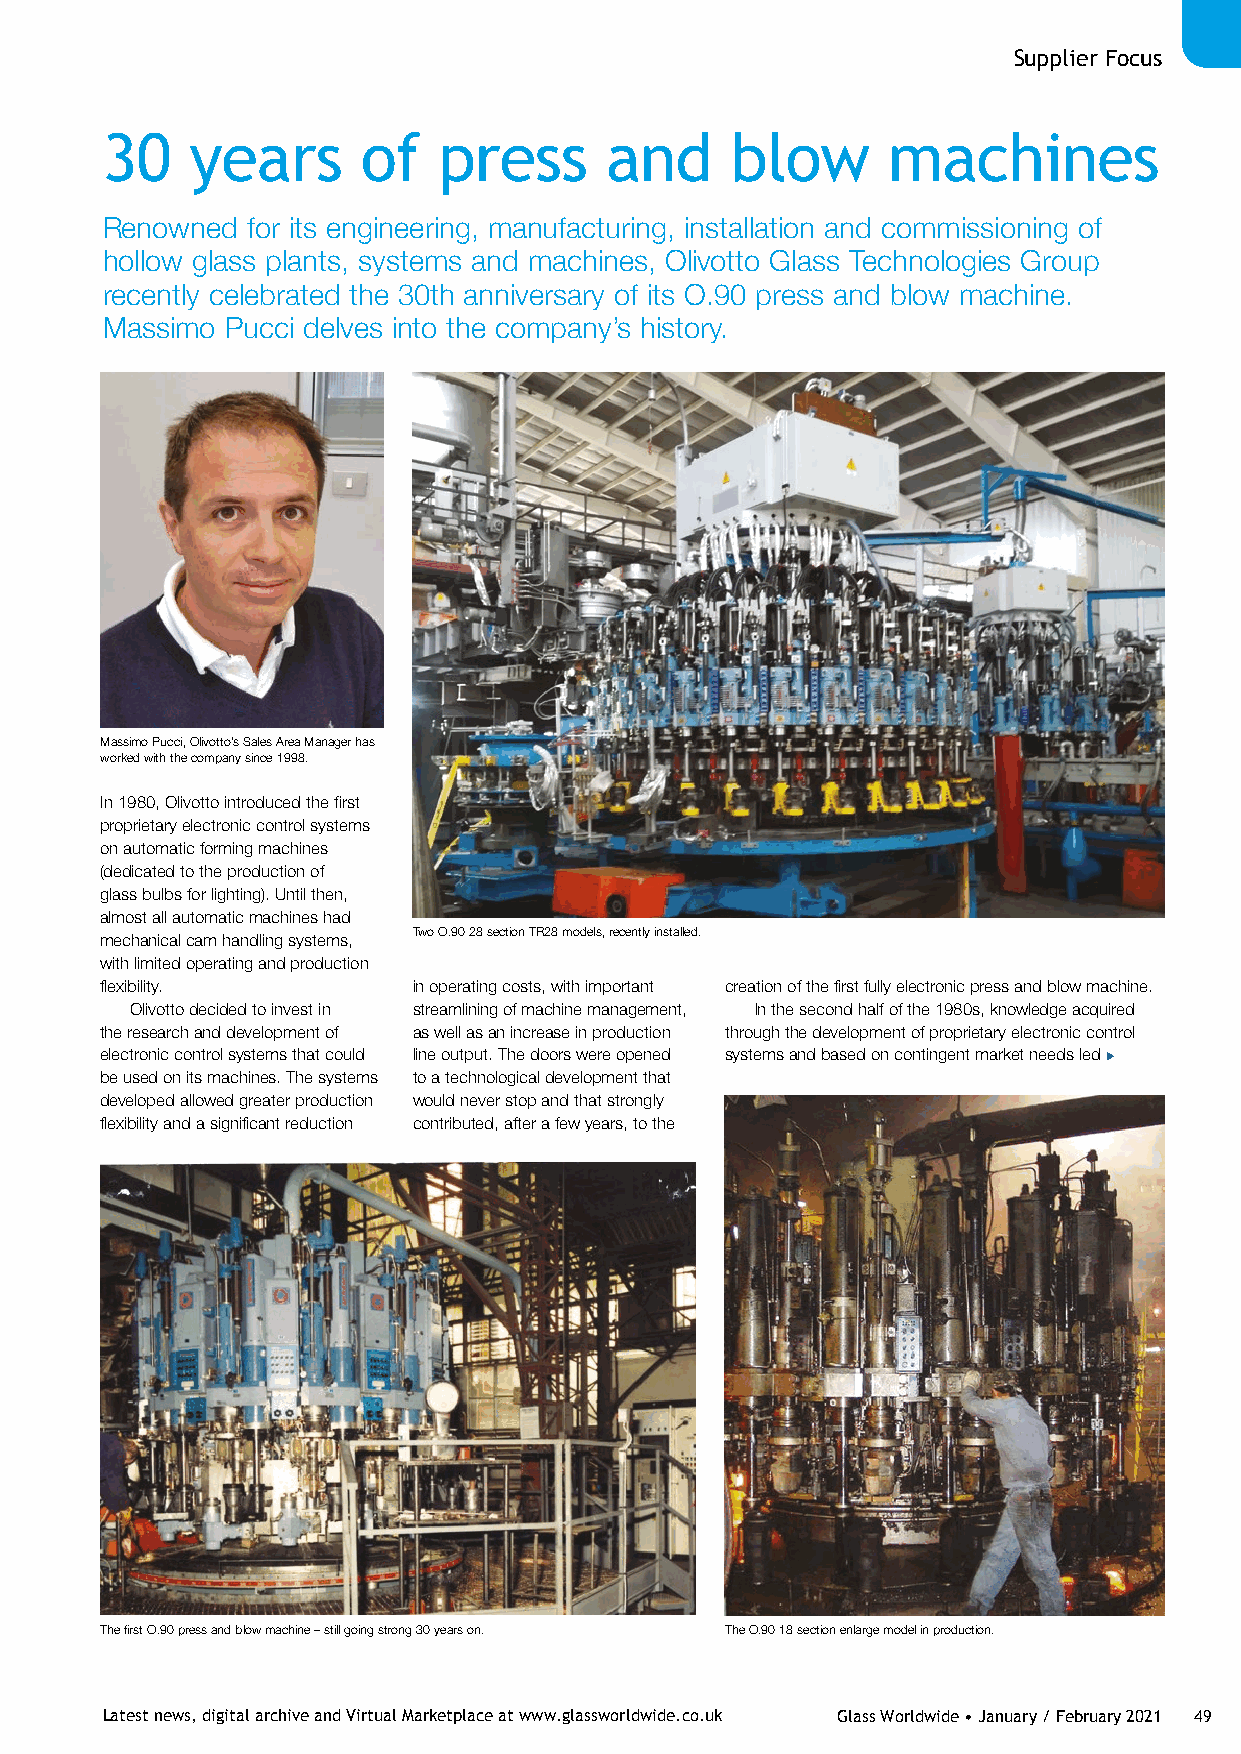
Supplier Focus
 30    years      of   press      and     blow       machines
 Renowned for its engineering, manufacturing, installation and commissioning of
 hollow glass plants, systems and machines, Olivotto Glass Technologies Group
 recently celebrated the 30th anniversary of its O.90 press and blow machine.
 Massimo Pucci delves into the company’s history.
 Massimo Pucci, Olivotto’s Sales Area Manager has
 worked with the company since 1998.
 In 1980, Olivotto introduced the first
 proprietary electronic control systems
 on automatic forming machines
 (dedicated to the production of
 glass bulbs for lighting). Until then,
 almost all automatic machines had
 Two O.90 28 section TR28 models, recently installed.
 mechanical cam handling systems,
 with limited operating and production
 flexibility.        in operating costs, with important creation of the first fully electronic press and blow machine.
 Olivotto decided to invest in streamlining of machine management, In the second half of the 1980s, knowledge acquired
 the research and development of as well as an increase in production through the development of proprietary electronic control
 electronic control systems that could line output. The doors were opened systems and based on contingent market needs led
 be used on its machines. The systems to a technological development that
 developed allowed greater production would never stop and that strongly
 flexibility and a significant reduction contributed, after a few years, to the
 The first O.90 press and blow machine – still going strong 30 years on. The O.90 18 section enlarge model in production.
 Latest news, digital archive and Virtual Marketplace at www.glassworldwide.co.uk Glass Worldwide • January / February 2021 49